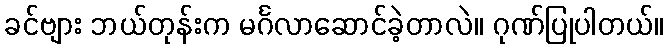
ခင်ဗျား ဘယ်တုန်းက မင်္ဂလာဆောင်ခဲ့တာလဲ။ ဂုဏ်ပြုပါတယ်။